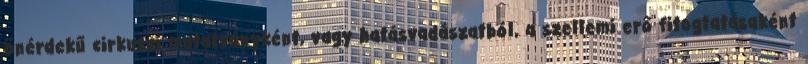
önérdekű cirkuszi mutatványként, vagy hatásvadászatból, a szellemi erő fitogtatásaként